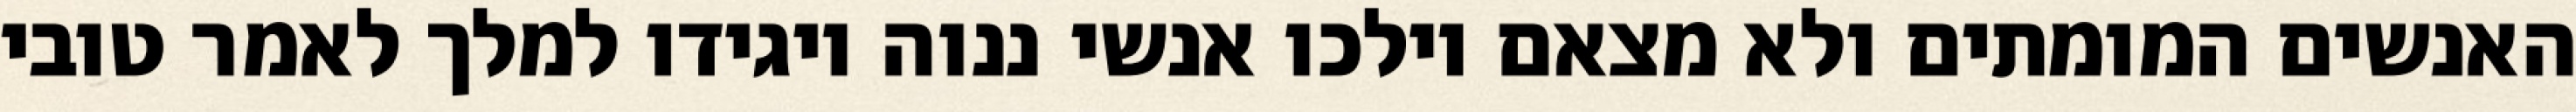
האנשים המומתים ולא מצאם וילכו אנשי ננוה ויגידו למלך לאמר טובי